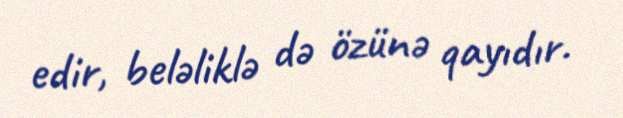
edir, beləliklə də özünə qayıdır.